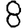
Digit: 8